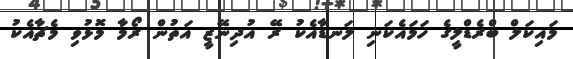
މައިކަލް ބްރެޑްލީގެ ހަމައެކަނި ލަނޑާއެކު ރޭ އުދިނޭޒީ އަތުން ރޯމާ މޮޅުވި މެޗާއެކު